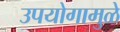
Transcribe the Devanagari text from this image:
उपयोगामुळे